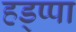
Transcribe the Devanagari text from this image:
हड्प्पा